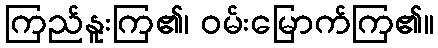
ကြည်နူးကြ၏၊ ဝမ်းမြောက်ကြ၏။